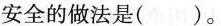
安全的做法是()。